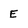
Character: E